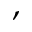
,